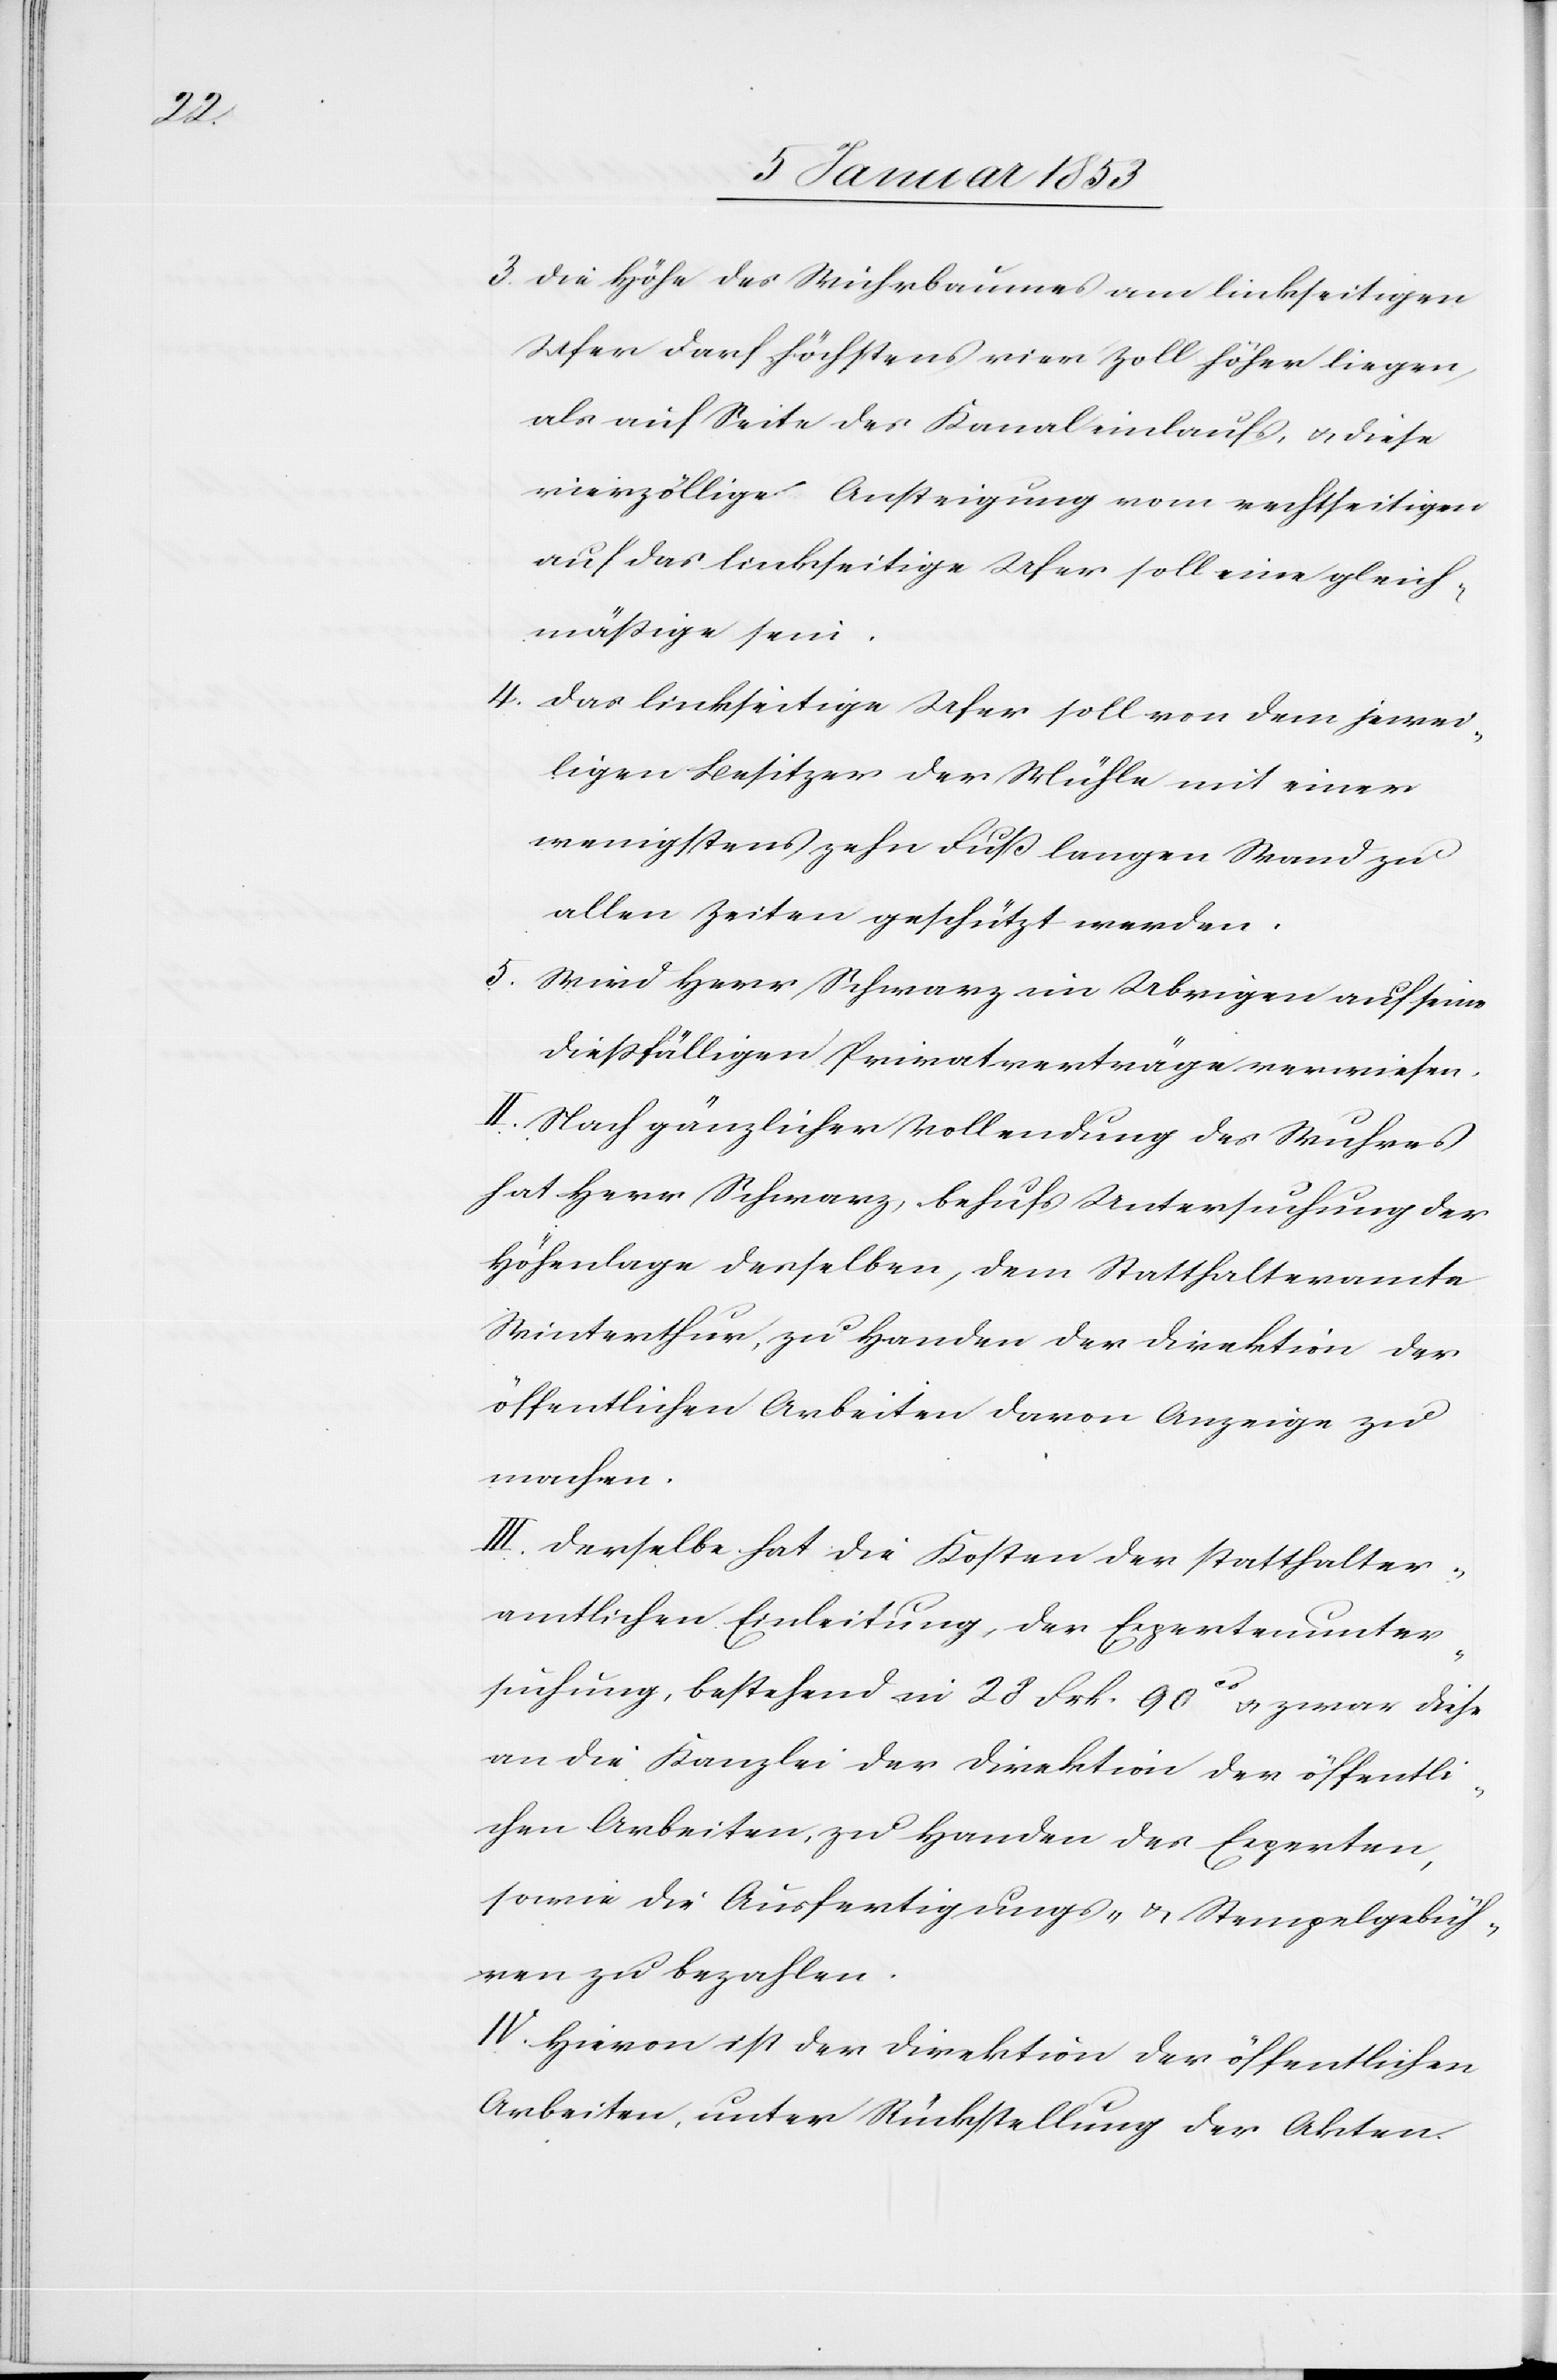
3. Die Höhe des Wuhrbaues am linkseitigen
Ufer darf höchstens einen Zoll höher liegen,
als auf Seite des Kanaleinlaufs, u. diese
vierzöllige Ansteigung vom rechtseitigen
auf das linkseitige Ufer soll eine gleich¬
mässige sein.
4. Das linkseitige Ufer soll von dem jewei¬
ligen Besitzer der Mühle mit einer
wenigstens zehn Fuß langen Wand zu
allen Zeiten geschützt werden.
5. Wird Herr Schwarz im Uebrigen auf seine
diessfälligen Privatverträge verwiesen.
II. Nach gänzlicher Vollendung des Wuhres
hat Herr Schwarz, behufs Untersuchung der
Höhenlage derselben, dem Statthalteramte
Winterthur, zu Handen der Direktion der
öffentlichen Arbeiten davon Anzeige zu
machen.
III. Derselbe hat die Kosten der statthalter¬
amtlichen Einleitung der Expertenunter¬
suchung, bestehend in 28 Frk. 90? u. zwar ?
an die Kanzlei der Direktion der öffentli¬
chen Arbeiten, zu Handen der Experten,
sowie die Ausfertigungs- u. Stempelgebüh¬
ren zu bezahlen.
IV. Hievon ist der Direktion der öffentlichen
Arbeiten, unter Rückstellung der Akten